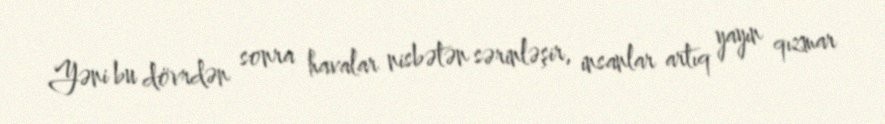
Yəni bu dövrdən sonra havalar nisbətən sərinləşir, insanlar artıq yayın qızmar